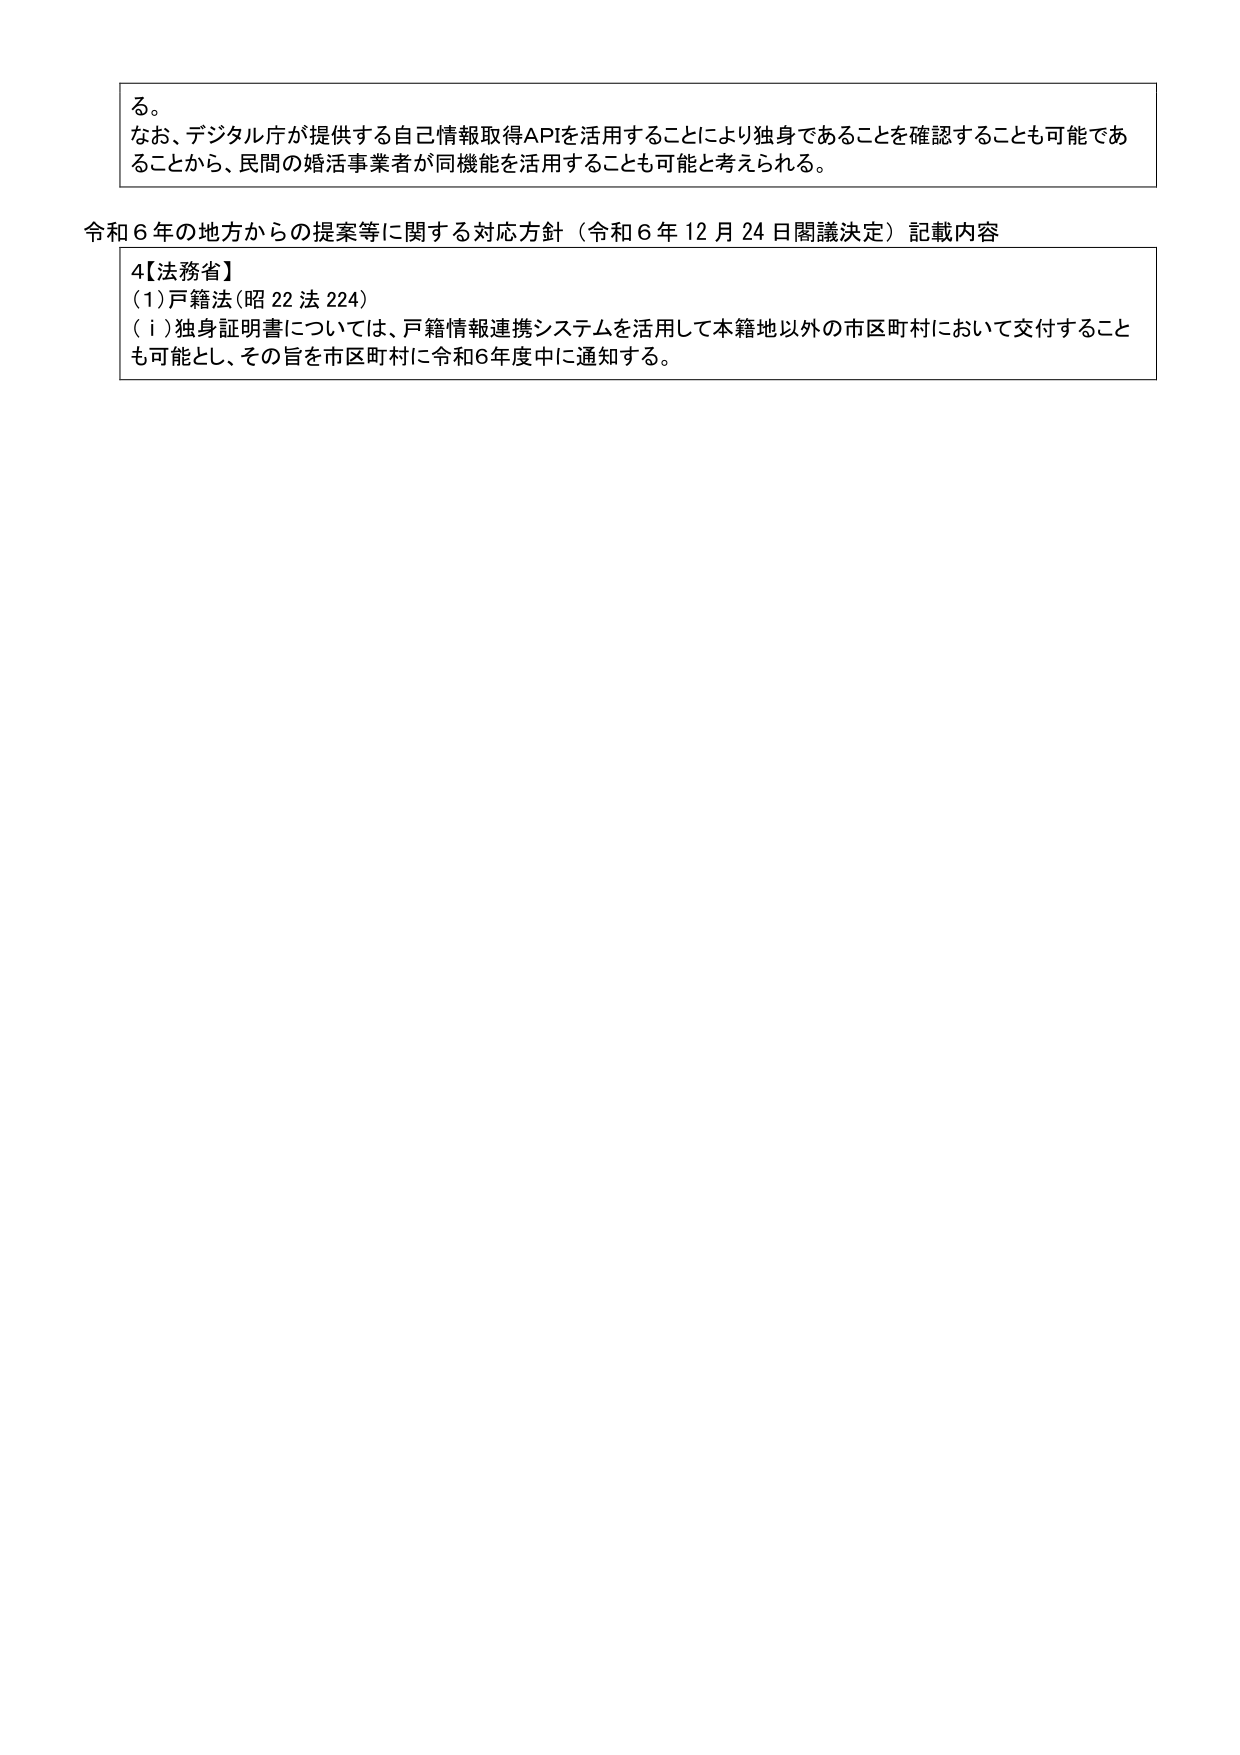
る。
なお、デジタル庁が提供する自己情報取得APIを活用することにより独身であることを確認することも可能であることから、民間の婚活事業者が同機能を活用することも可能と考えられる。

令和６年の地方からの提案等に関する対応方針（令和６年12月24日閣議決定）記載内容
4【法務省】
(1)戸籍法(昭22法224)
(i)独身証明書については、戸籍情報連携システムを活用して本籍地以外の市区町村において交付することも可能とし、その旨を市区町村に令和6年度中に通知する。